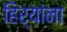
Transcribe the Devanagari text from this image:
हिर्‍यांना